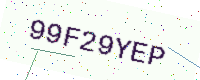
Text: 99F29YEP